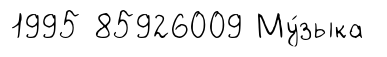
1995 85926009 Му́зыка